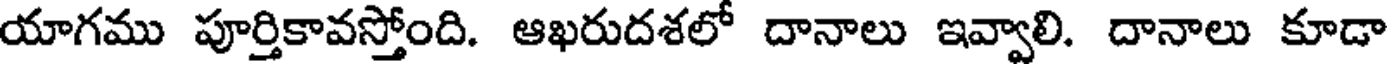
యాగము పూర్తికావస్తోంది. ఆఖరుదశలో దానాలు ఇవ్వాలి. దానాలు కూడా